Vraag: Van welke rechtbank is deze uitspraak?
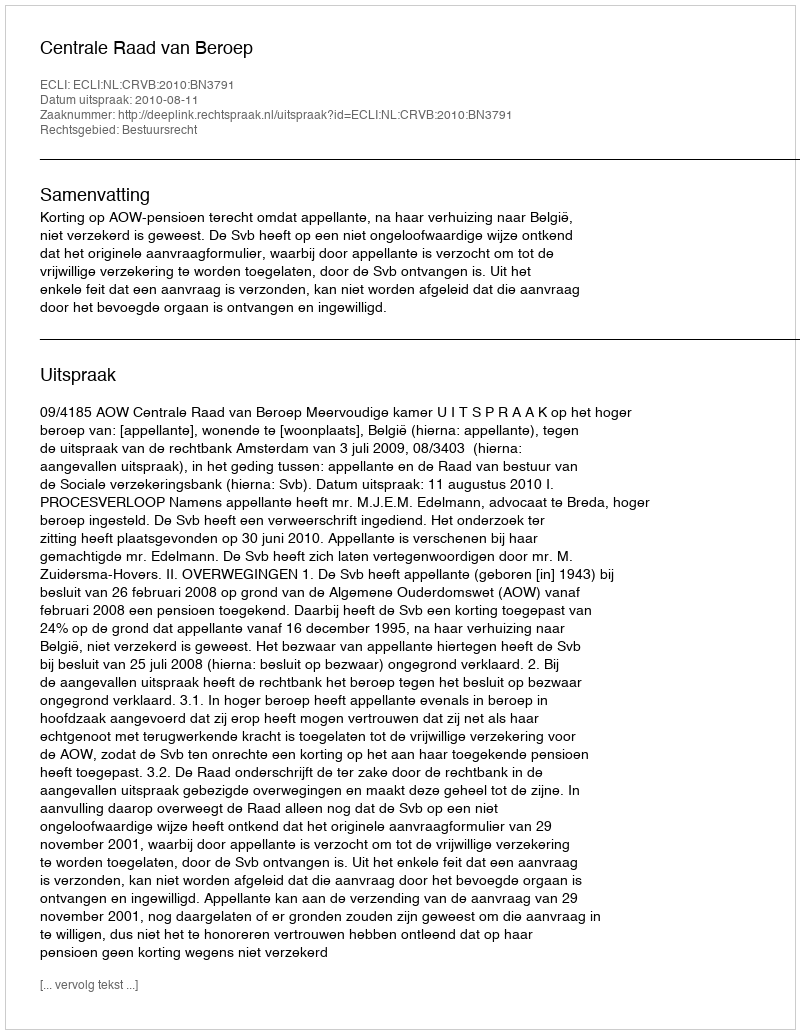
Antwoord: Centrale Raad van Beroep